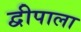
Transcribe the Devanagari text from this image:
द्वीपाला